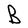
Character: B